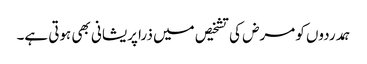
ہمدردوں کو مرض کی تشخیص میں ذرا پریشانی بھی ہوتی ہے۔